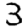
Digit: 3